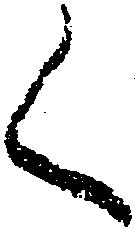
く